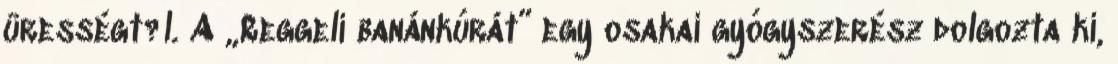
ürességt?l. A „Reggeli banánkúrát” egy osakai gyógyszerész dolgozta ki,